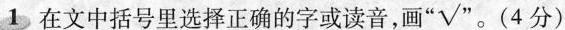
1在文中括号里选择正确的字或读音，画”√”。(4分)